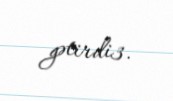
gətirdi3.